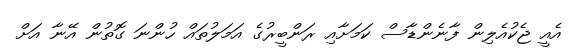
އެއީ ޖެކުއެލިން ފާނެންޑާސް ކަމަށާއި ރަންބީރުގެ އަމަލުތައް ހުންނަ ގޮތުން އޭނާ އަށް